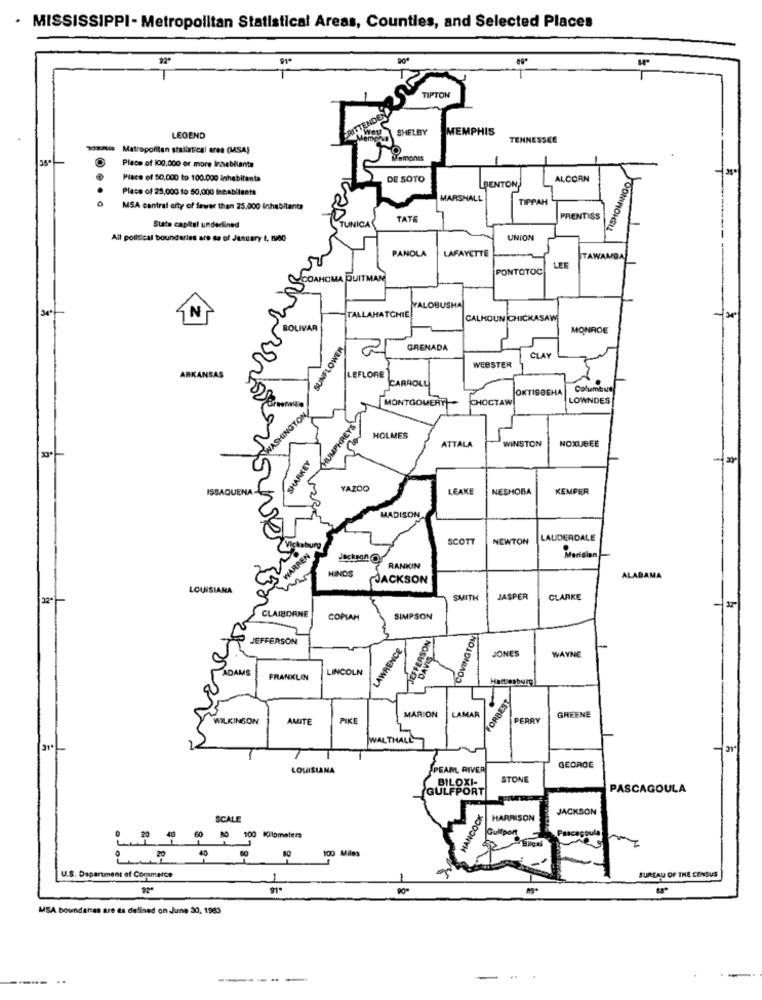
· MISSISSIPPI- Metropolitan Statistical Areas, Counties, and Selected Places
TIPTON
CRITTER
SHELBY
MEMPHIS
LEGEND
TENNESSEE
Metropolitan stalintical ares (MSA)
Memphis
Place of 100,000 or more Inhabitants
Place of 50,000 to 100.000 inhabifanta
DE SOTO
BENTON
ALCORN
TISHOMINGO
Place of 25,000 to 50,000 Inbabilants
MARSHALL
TIPPAH
MSA central city of fewer than 25,000 Inhabitants
TUNICA
TATE
PRENTISS
State capitol underlined
All political boundaries are se of Jesttary 2, 198o
UNION
PANOLA
LAFAYETTE
TAW
MOA
PONTOTOC
LEE
COAHCIMA DUITMAN
34ª
TALLAHATCHIE
YALOBUSHA
CALHOUN CHICKAS
IOLIVAR
MONROE
SUNFLOWER
GRENADA
WEBSTER
ARK
LEFLORE
CARROLL
OKTIBBEHA
Columbus
MONTGOMERY
CHOCTAW
LOWNDES
WASHINGTON
HUMPHREYS
25%
HOLMES
ATTALA
WINSTON
NOXUBEE
SHARKEY
ISSAQUENA
YAZOO
LEAKE
NESHOBA
KEMPER
MADISON
SCOTT
NEWTON
LAUDERDALE
Vicksburg
WARREN
Meridian
HINDS
RANKIN
JACKSON
ALABAMA
LOUISIANA
SMITH
JASPER
CLARKE
CLAIBORNE
COPIAM
SIMPSON
COVINGTON
JEFFERSON
JEFFERSON
LAWRENCE
DAVIS
JONES
WAYNE
ADAMS
LINCOLN
FRANKLIN
FORBEST
LAMAR
MILKINGON
AMITE
PIKE
MARION
PERRY
GREENE
WALTHALL
31*
LOUISIANA
PEARL RIVER
GEORGE
BILOXI-
STONE
GULFPORT
PASCAGOULA
HANCOCK
JACKSON
SCALE
HARRISON
Gullpon
Pascagoula
40
100 Miles
U.S. Department of Commerce
1
BUREAU OF THE CENSUS
MSA boundaries are as defined on June 30, 1983
..
------
..